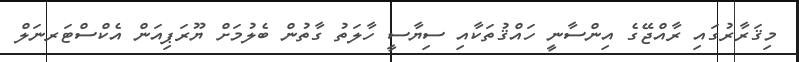
މިޤަރާރުގައި ރާއްޖޭގެ އިންސާނީ ހައްޤުތަކާއި ސިޔާސީ ހާލަތު ގާތުން ބެލުމަށް ޔޫރަޕިއަން އެކްސްޓަރނަލް